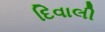
દિવાલી